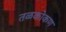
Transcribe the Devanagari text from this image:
तळकोकण